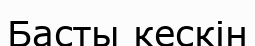
Басты кескін